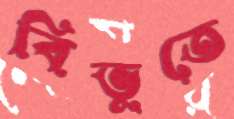
বিভুতে